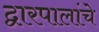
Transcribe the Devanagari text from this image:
द्वारपालांचे